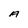
Character: A